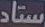
ستاد